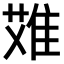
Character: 𨿆